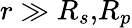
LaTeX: r\gg R_{s}\mathrm{,}R_{p}